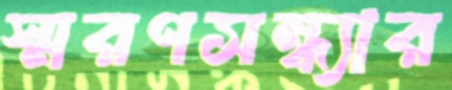
স্মরণসন্ধ্যার